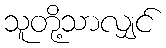
သူတို့သာလျှင်